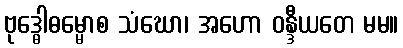
ဗုဒ္ဓေါဓမ္မောစ သံဃော၊ အဟော ဝန္ဒီယတေ မမ။